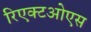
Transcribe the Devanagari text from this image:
रिएक्टओएस